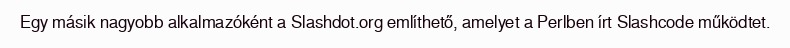
Egy másik nagyobb alkalmazóként a Slashdot.org említhető, amelyet a Perlben írt Slashcode működtet.